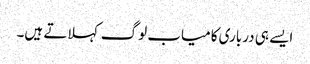
ایسے ہی درباری کامیاب لوگ کہلاتے ہیں۔